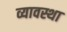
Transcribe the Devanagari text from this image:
व्यावस्था